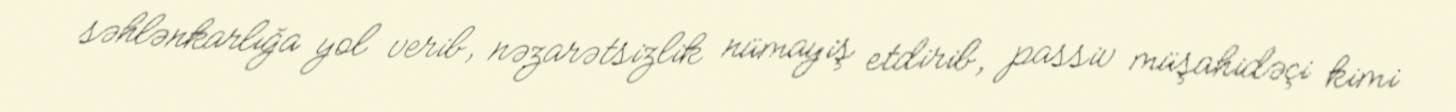
səhlənkarlığa yol verib, nəzarətsizlik nümayiş etdirib, passiv müşahidəçi kimi